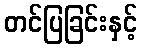
တင်ပြခြင်းနှင့်